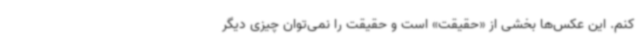
کنم. این عکس‌ها بخشی از «حقیقت» است و حقیقت را نمی‌توان چیزی دیگر